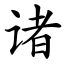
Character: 诸